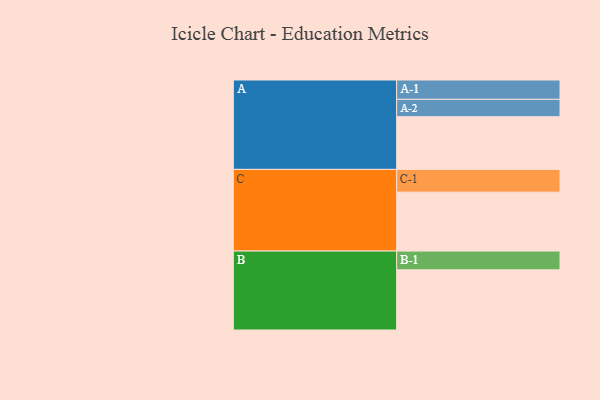
{"axis": {"x": "Segment", "y": "Value"}, "legend": ["", "A", "B", "C"], "data": [{"x": "A", "y": 463, "type": ""}, {"x": "B", "y": 529, "type": ""}, {"x": "C", "y": 518, "type": ""}, {"x": "A-1", "y": 170, "type": "A"}, {"x": "A-2", "y": 153, "type": "A"}, {"x": "B-1", "y": 165, "type": "B"}, {"x": "C-1", "y": 200, "type": "C"}]}